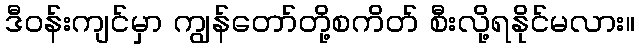
ဒီဝန်းကျင်မှာ ကျွန်တော်တို့စကိတ် စီးလို့ရနိုင်မလား။